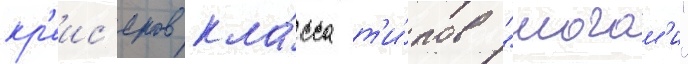
кр'еис'еров кла́сса т'и́пов "могам'и"